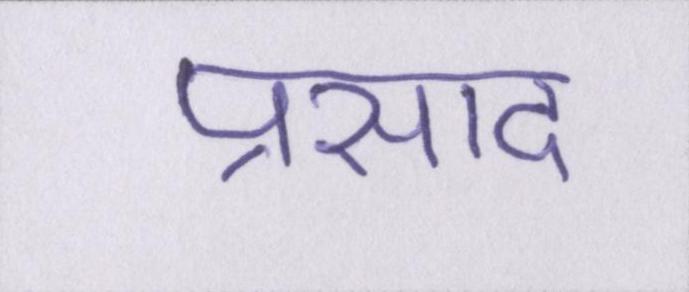
प्रसाद